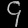
Digit: ၄